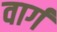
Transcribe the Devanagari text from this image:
वार्ग